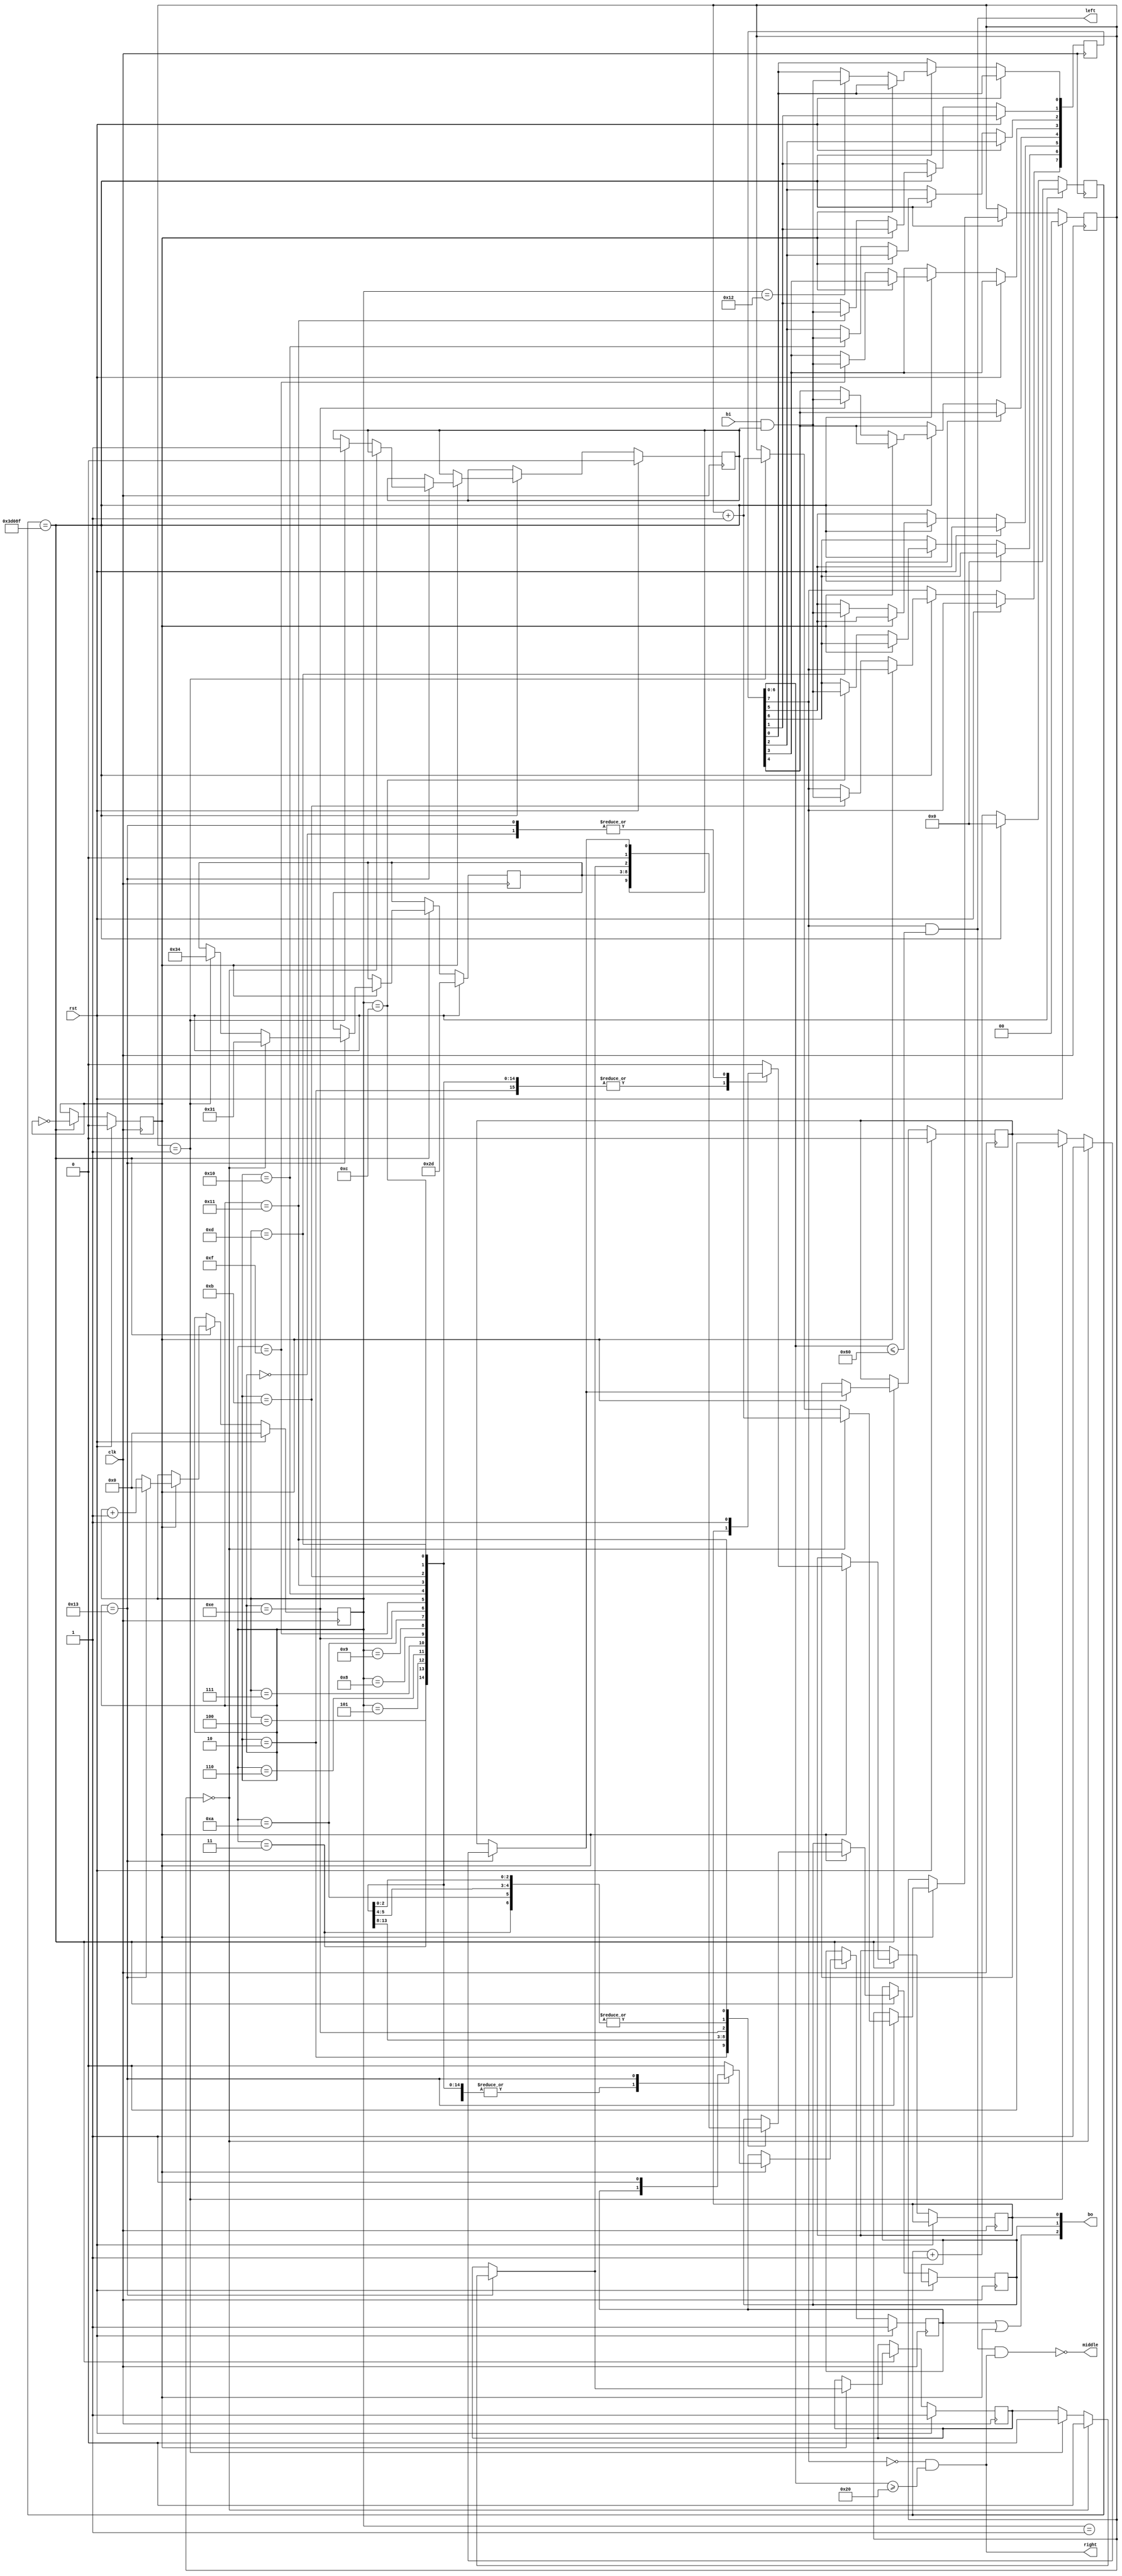
`timescale 1ns / 1ps

/******************************************/
/*      Accelorometer vezrl modul       */
/******************************************/

module Accelo(
	input clk,			// 50 MHz-es rendszerrajel
	input rst,			// Resetelhet
	
	output [2:0] bo,	// Accelorometer kimeneti portjai: 2-SCLK, 1-MOSI, 0-nCS
	input bi,			// Accelorometer bemeneti portja: MISO
	
	output right,		// Jobbramozgs jelzse
	output left,		// Balramozgs jelzse
	output middle		// Alaphelyzet jelzse
    );
	 
	 reg MOSI, SCLK, nCS;	// SPI vezrl jelek
	 
	 reg [17:0] cntr;			// rajel osztshoz szmll. 50 Mhz => 100 Hz 249999 utn kell vltani
	 reg [7:0] out;			// A sorosan kapott 8 bites adat eltrolsra
	 reg [4:0] sclk_cntr;	//	Egy rsi/olvassi ciklusban eltelt rajelperidusok szmolsra
	 reg sclk_en;				// Az SPI rajel engedlyezse (neglt logika)
	 reg read = 1'b0;			// Olvass / rs
	 
	 reg measure = 1'b1;		// POWER_CTL regiszter Measure bitjt 1-be lltani a mrs engedlyezshez
	 reg range = 1'b0;		// DATA_FORMAT regiszter-ben a Range-t 01-re lltani a 4g-s mrsi tartomnyhoz
	 reg [5:0] act_address = 6'h2D;	// Az aktulisan hasznlt regiszter cme
	 reg [1:0] act_data_cntr = 2'b0;	// Szmon tartani, hogy hny regisztert kezeltnk
	 
	 always @ (posedge clk)
	 begin
		if (rst) begin						// Resetre minden alaphelyzetbe
			cntr <= 18'b0;
			SCLK <= 1'b0;
			sclk_cntr <= 5'b0;
			sclk_en <= 1'b1;				// Tiltjuk az rajelet
			act_data_cntr <= 2'b0;
			measure = 1'b1;				// Elsre a POWER_CTL Measure bitjt lltjuk be
			range = 1'b0;
			act_address <= 6'h2D;		//	POWER_CTL cme
			read <= 1'b0;					// rssal kezdnk
		end
		else if (cntr == 18'd249999) begin					// rajel leosztsa
			cntr <= 18'b0;
			if (SCLK) begin										// Lefut lre
				if (sclk_cntr == 5'd19) begin					// Ha vgig rtnk egy olvass/rs cikluson
					if (act_data_cntr == 2'b00) begin		// Az els ilyen ciklus utn...
						measure = 1'b0;							// Measure bit helyett, a Range bitet lltjuk
						range = 1'b1;								// a Range bitet lltjuk
						act_address <= 6'h31;					// DATA_FORMAT cme
						act_data_cntr <= act_data_cntr + 1'b1;
						end
					else if (act_data_cntr == 2'b01) begin	// A msodik ilyen ciklus utn...
						measure = 1'b0;							// Mindegyik bemeneti bitet kikapcsoljuk
						range = 1'b0;
						act_address <= 6'h34;					// DATAY0 cme
						act_data_cntr <= act_data_cntr + 1'b1;
						read <= 1'b1;								// Innentl folyamatosan csak olvassuk az adatokat
					end
					sclk_cntr <= 5'b0;
				end
				else
					sclk_cntr <= sclk_cntr + 1'b1;
					
				case(sclk_cntr)							// A cikluson belli, hnyadik rajelnl tartunk...
					5'd0: nCS <= 1'b1;					// Az SPI eszkz tiltva
					5'd1: nCS <= 1'b0;					// Az SPI eszkz engedlyezve, ciklus indul
					5'd2: begin
								MOSI <= read;				// Kldjk a read bitet
								sclk_en <= 1'b0;			// rajel engedlyezve
							end
					5'd3: MOSI <= 1'b0; 					// MB-Multi-byte, nem hasznljuk
		
					5'd4: MOSI <= act_address[5];		// A hasznlni kvnt regiszter cme
					5'd5: MOSI <= act_address[4];
					5'd6: MOSI <= act_address[3];
					5'd7: MOSI <= act_address[2];
					5'd8: MOSI <= act_address[1];
					5'd9: MOSI <= act_address[0];
					
					5'd10: MOSI <= 1'b0;					// rsl: POWER_CTL <= 00001000 mrs engedlyezshez
					5'd11: MOSI <= 1'b0;					// majd DATA_FORMAT <= 00000001 4g-s mrsi tartomnyhoz
					5'd12: MOSI <= 1'b0;					// olvassnl viszont csupa nulla
					5'd13: MOSI <= 1'b0;
					5'd14: MOSI <= measure;
					5'd15: MOSI <= 1'b0;
					5'd16: MOSI <= 1'b0;
					5'd17: MOSI <= range;
					
					5'd19: begin
								nCS <= 1'b1;				// A ciklus zrsa
								sclk_en <= 1'b1;			// rajel tiltsa
							 end
					default: begin							// Minden ms esetben ugyanez
									nCS <= 1'b0;
									sclk_en <= 1'b0;
								end
				endcase
			end
			else 											// if (~SCLK) => Az olvasst felfut lre vgezzk
				case (sclk_cntr)
					5'd11: out[7] <= bi && read;	// Ha olvass van, a sorosan kldtt adatokat kiolvassuk
					5'd12: out[6] <= bi && read;
					5'd13: out[5] <= bi && read;
					5'd14: out[4] <= bi && read;
					5'd15: out[3] <= bi && read;
					5'd16: out[2] <= bi && read;
					5'd17: out[1] <= bi && read;
					5'd18: out[0] <= bi && read;
				endcase
			SCLK <= ~SCLK;					// Flperidusonknt az SCLK bit neglsa => rajel
		end
		else cntr <= cntr + 1'b1;
	 end
	 
	 // A megfelel vezrljelek ellltsa
	 
	 assign bo[0] = nCS;
	 assign bo[1] = MOSI;
	 assign bo[2] = sclk_en || SCLK;
	 
	 assign left = out[7] && (out[6:0] <= 7'd96);
	 assign right = ~out[7] && (out[6:0] >= 7'd32);
	 assign middle = ~(left && right);
 	 
endmodule